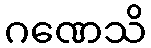
ဂဏေသိ